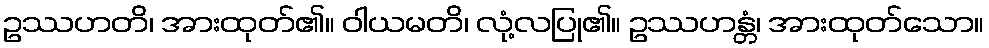
ဥဿဟတိ၊ အားထုတ်၏။ ဝါယမတိ၊ လုံ့လပြု၏။ ဥဿဟန္တံ၊ အားထုတ်သော။